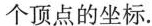
个顶点的坐标。